Civil Veterinary Dept. Bombay admin report 1914-1922 - 1914-1922
Year: 1914
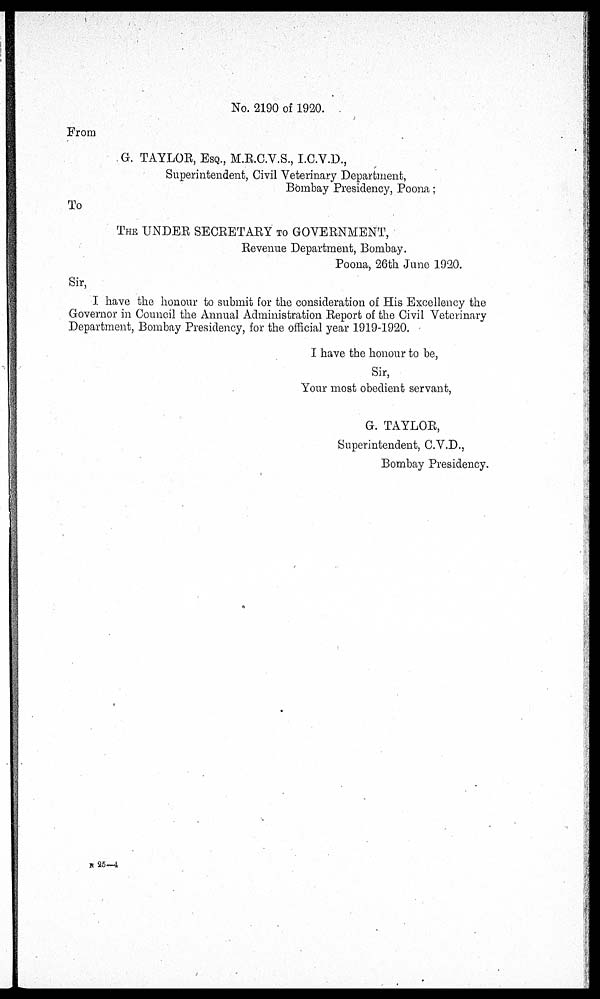
No. 2190 of 1920.
From
G. TAYLOR, ESQ., M.R.C.V.S., I.C.V.D.,
Superintendent, Civil Veterinary Department,
Bombay Presidency, Poona;
To
THE UNDER SECRETARY TO GOVERNMENT,
Revenue Department, Bombay.
Poona, 26th June 1920.
Sir,
I have the honour to submit for the consideration of His Excellency the
Governor in Council the Annual Administration Report of the Civil Veterinary
Department, Bombay Presidency, for the official year 1919-1920.
I have the honour to be,
Sir,
Your most obedient servant,
G. TAYLOR,
Superintendent, C.V.D.,
Bombay Presidency.
N 25—4